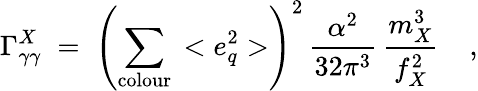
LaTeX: \Gamma_{\gamma\gamma}^{X}\; =\; \left(\sum_{\mathrm{colour}}\, <e_{q}^{2}>\right)^{2}\, \frac{\alpha^{2}}{32\pi^{3}}\, \frac{m_{X}^{3}}{f_{X}^{2}}\; \; \; \ ,